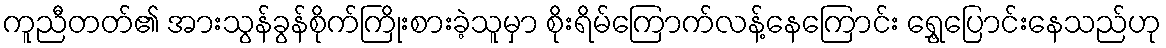
ကူညီတတ်၏ အားသွန်ခွန်စိုက်ကြိုးစားခဲ့သူမှာ စိုးရိမ်ကြောက်လန့်နေကြောင်း ရွှေ့ပြောင်းနေသည်ဟု